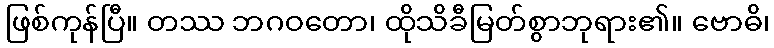
ဖြစ်ကုန်ပြီ။ တဿ ဘဂဝတော၊ ထိုသိခီမြတ်စွာဘုရား၏။ ဗောဓိ၊